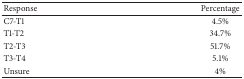
<table><thead><tr><td><b>Response</b></td><td><b>Percentage</b></td></tr></thead><tbody><tr><td>C7-T1</td><td>4.5%</td></tr><tr><td>T1-T2</td><td>34.7%</td></tr><tr><td>T2-T3</td><td>51.7%</td></tr><tr><td>T3-T4</td><td>5.1%</td></tr><tr><td>Unsure</td><td>4%</td></tr></tbody></table>